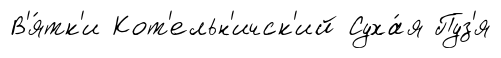
В'я́тк'и Кот'ельн'ичск'ий Суха́я Пуз'я